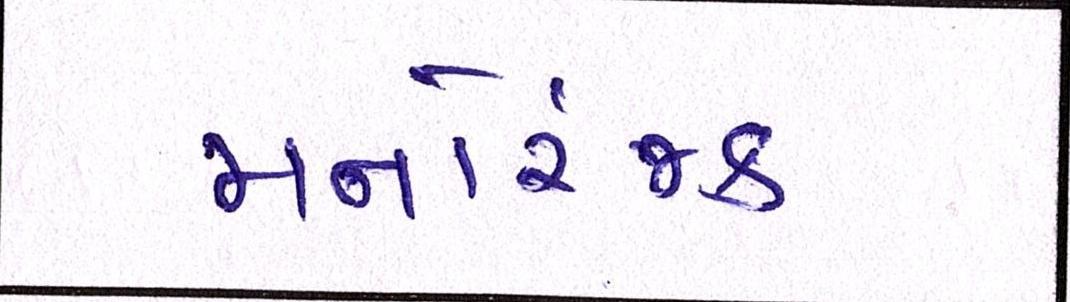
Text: મનોરંજક